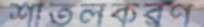
শীতলকরণ